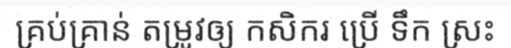
គ្រប់គ្រាន់ តម្រូវឲ្យ កសិករ ប្រើ ទឹក ស្រះ